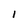
Character: l